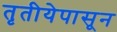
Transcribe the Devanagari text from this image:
तृतीयेपासून